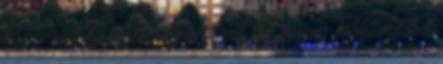
lenne mindenekelőtt az első cél, az ország többi vidékei